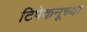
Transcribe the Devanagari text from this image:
टिपेकनूच्या